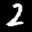
Label: 2